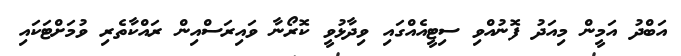
އަބްދު އަމީން މިއަދު ފޮނުއްވި ސިޓީއެއްގައި ވިދާޅުވީ ކޮރޯނާ ވައިރަސްއިން ރައްކާތެރި ވުމަށްޓަކައި